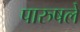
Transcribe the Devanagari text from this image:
पारुषले